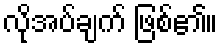
လိုအပ်ချက် ဖြစ်၏။